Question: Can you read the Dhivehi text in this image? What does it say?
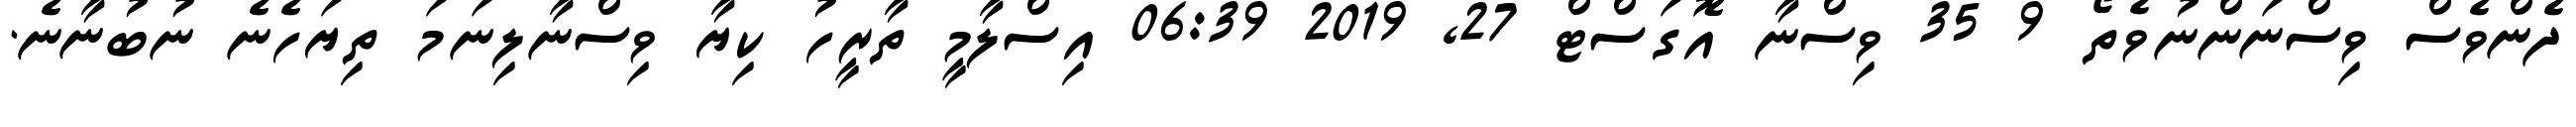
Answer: ދެންވެސް ވިސްނަންނުވެތޯ 9 35 ވިސްނާ އޮގަސްޓް 27, 2019 06:39 އިސްލާމީ ތާރީހު ކިޔާ ވިސްނާލިނަމަ ތިޔަހެނެ ނުބުނާނެ.